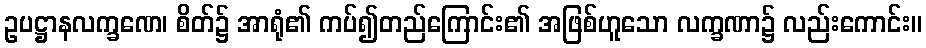
ဥပဋ္ဌာနလက္ခဏေ၊ စိတ်၌ အာရုံ၏ ကပ်၍တည်ကြောင်း၏ အဖြစ်ဟူသော လက္ခဏာ၌ လည်းကောင်း။